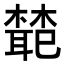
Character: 𭬊